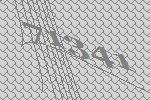
71341